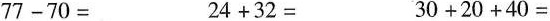
$$77-70=$$ $$24+32=$$ $$30+20+40=$$